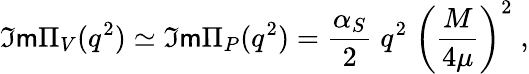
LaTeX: \Im\mathsf{m}\Pi_{V}(q^{2})\simeq\Im\mathsf{m}\Pi_{P}(q^{2})=\frac{{\alpha_{S}}}{{2}}\; q^{2}\; \biggl(\frac{{M}}{{4\mu}}\biggr)^{2}\; ,